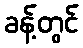
ခန့်တွင်